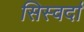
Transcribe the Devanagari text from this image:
सिस्वर्दा